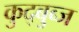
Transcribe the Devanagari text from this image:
कुद्बुब्ज